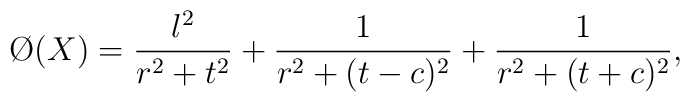
\O(X) = \frac{\l^2}{r^2+t^2} + \frac{1}{r^2+(t-c)^2} + \frac{1}{r^2+(t+c)^2},